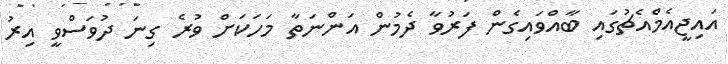
އައިޖީއެމްއެޗުގައި ބާއްވައިގެން ފަރުވާ ދެމުން އަންނަތާ މަހަކަށް ވުރެ ގިނަ ދުވަސްވީ އިރު